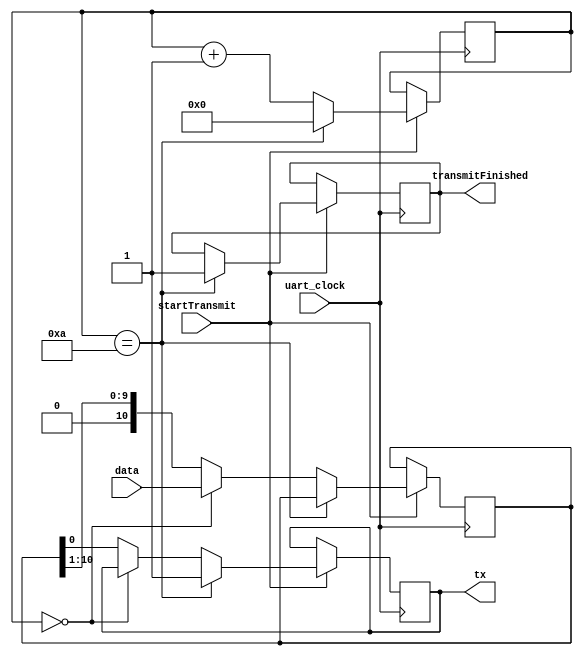
module transmiter(
	input uart_clock,
	input startTransmit,
	input [10:0] data,
	output reg transmitFinished,
	output reg tx);
	
	
	reg [7:0] transmitIndex = 0;
	reg [10:0] uart_packet = 0;
	
	
	
	always@(posedge uart_clock) begin
		if(startTransmit == 1'b1) begin
			if(transmitIndex == 10) begin
				transmitFinished <= 1;
				transmitIndex <= 0;
				tx = 1;
			end
			else if(transmitIndex == 0) begin
				uart_packet <= data;
				transmitIndex <= transmitIndex + 1;
			end
			else begin
				tx <= uart_packet[0];
				uart_packet <= uart_packet >> 1;
				transmitIndex <= transmitIndex + 1;
			end
		end
				
	end
	
	initial begin
		tx = 1;
	end
	
	
endmodule